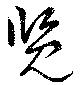
覧